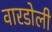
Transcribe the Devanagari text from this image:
वारडोली